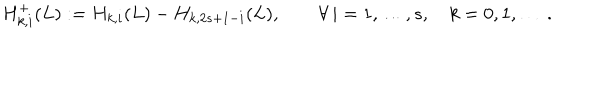
LaTeX: H _ { k , i } ^ { + } ( L ) : = H _ { k , i } ( L ) - H _ { k , 2 s + 1 - i } ( L ) , \qquad \forall \, i = 1 , \ldots , s , \quad k = 0 , 1 , \ldots \, .